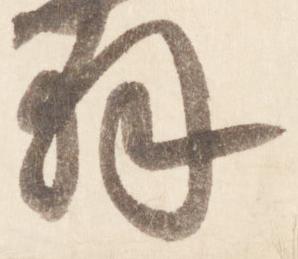
拝